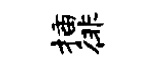
插徘